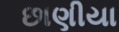
છાણીયા